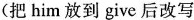
(把 him 放到 give 后改写